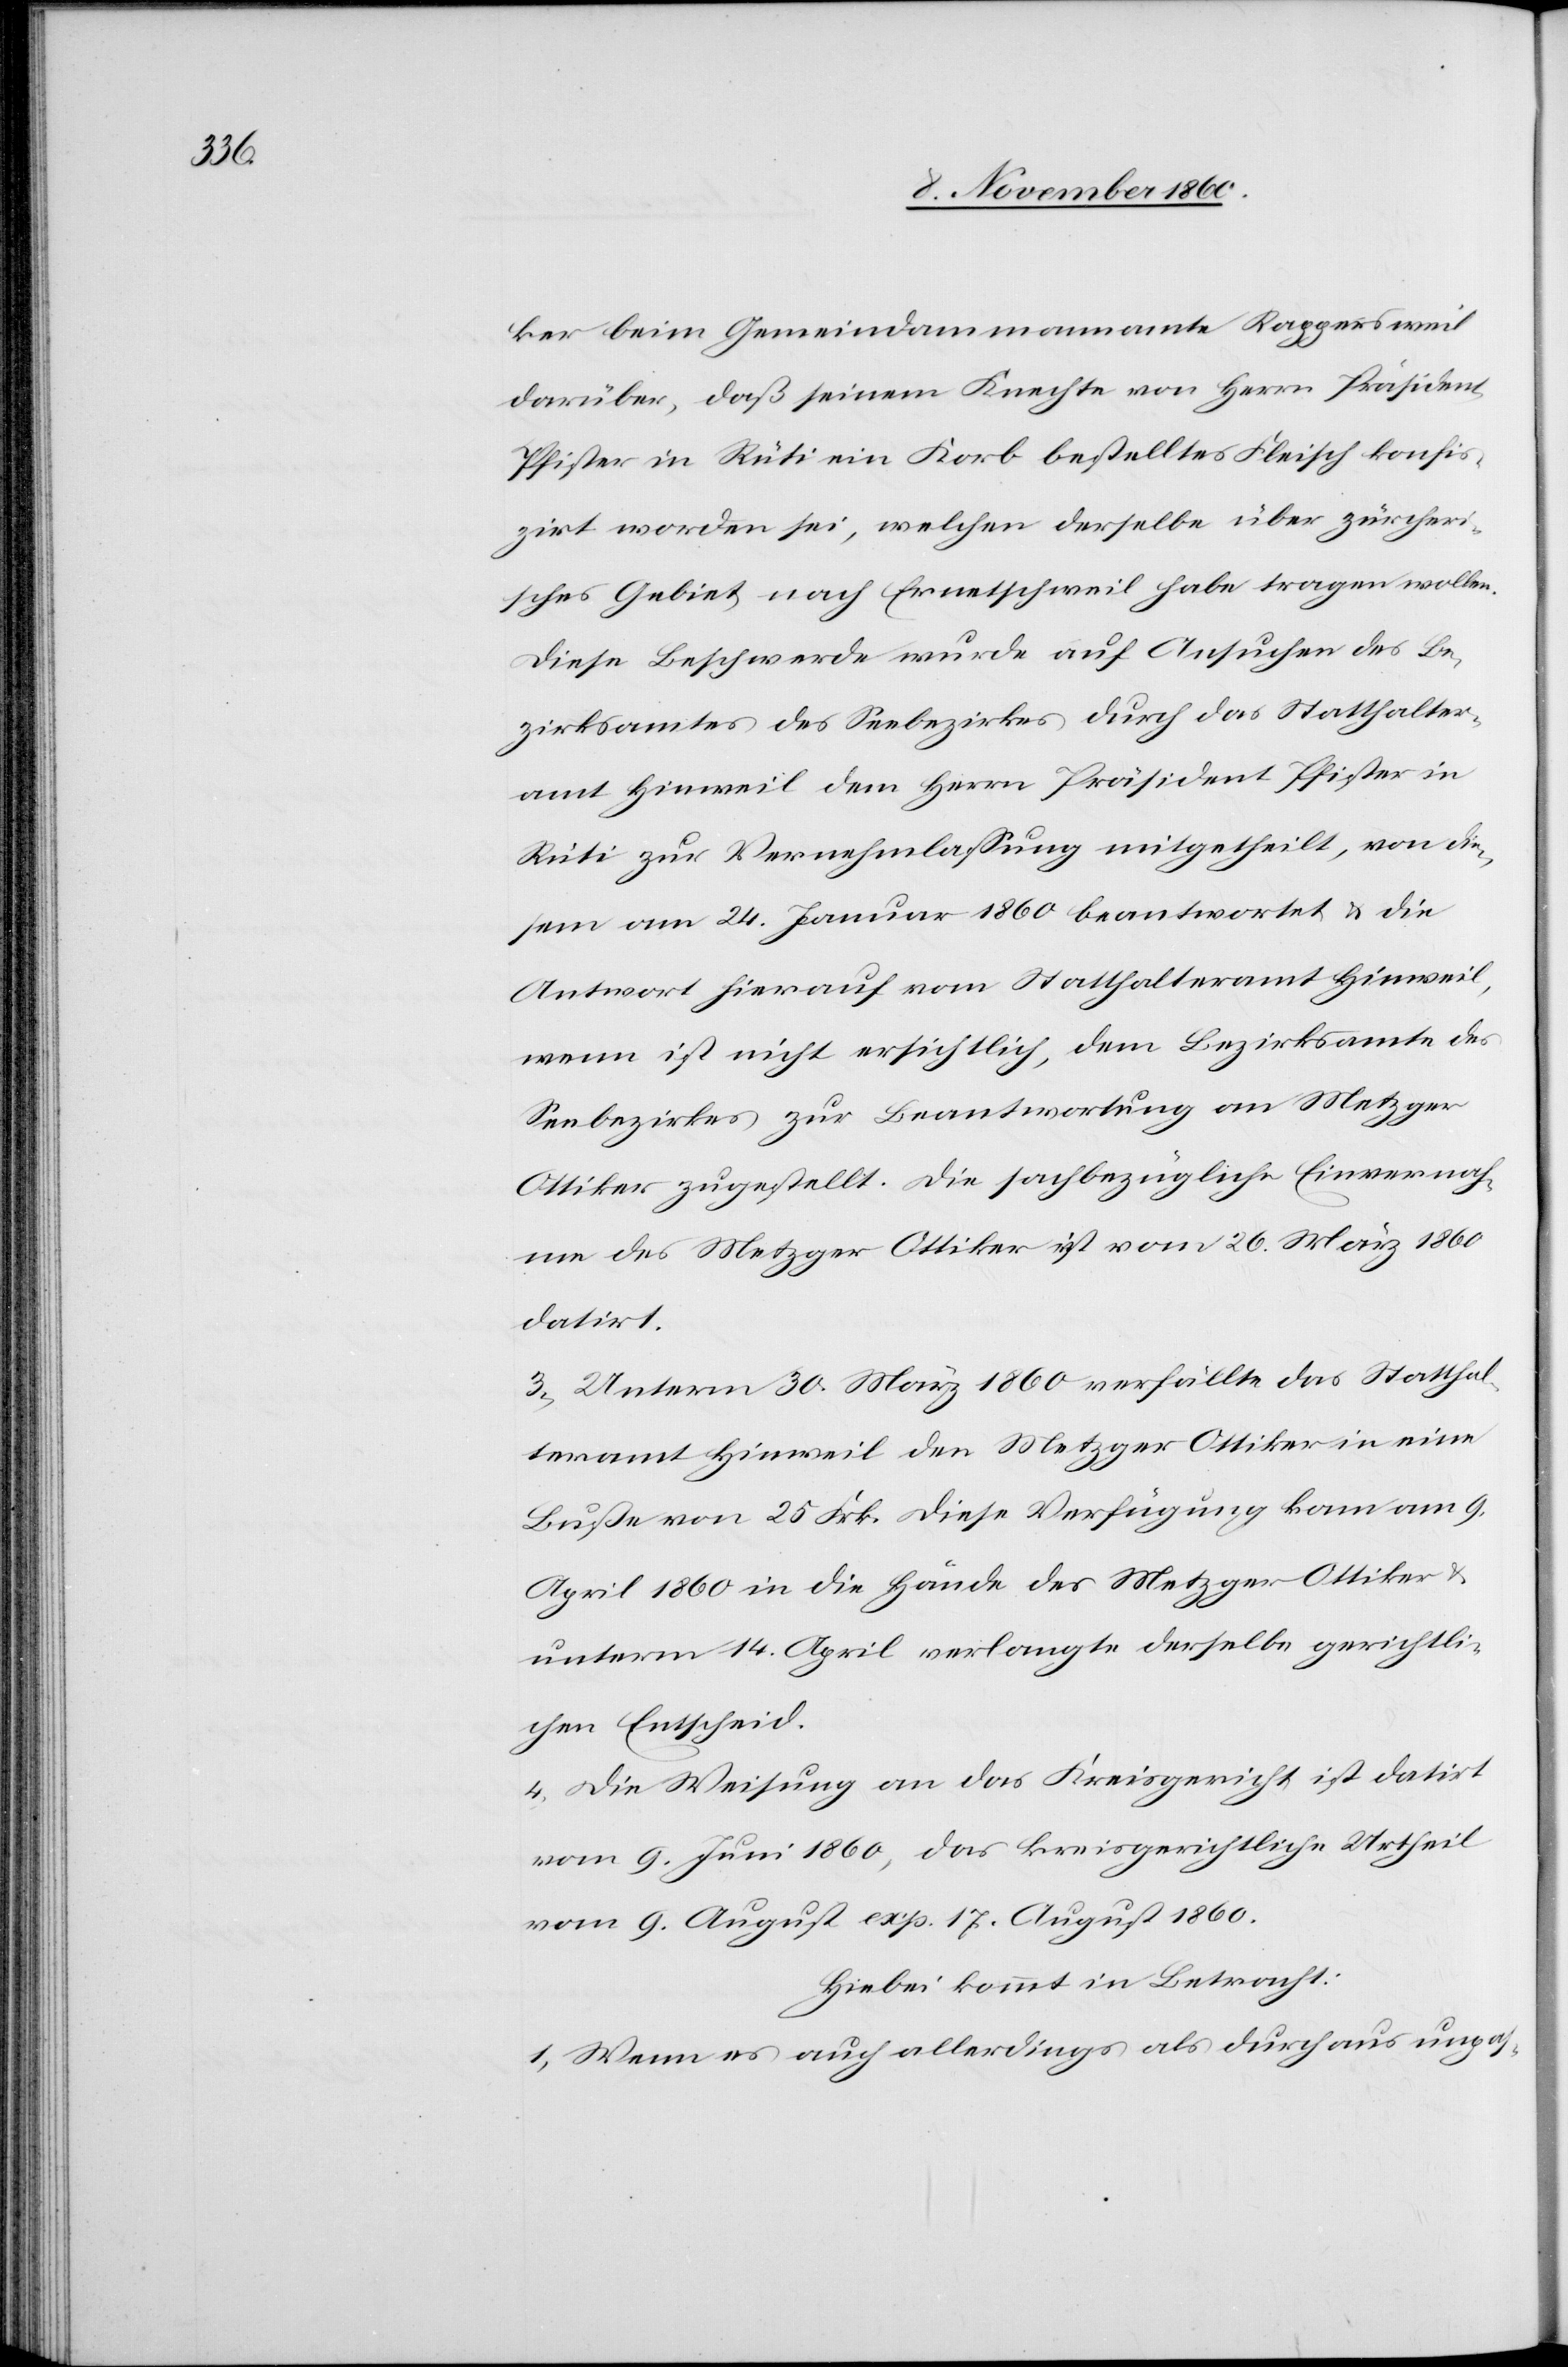
ker beim Gemeindammannamte Rappersweil
darüber, daß seinem Knechte von Herrn Präsident
Pfister in Rüti ein Korb bestelltes Fleisch konfis¬
zirt worden sei, welchen derselbe über zürcheri¬
sches Gebiet nach Ernetschweil habe tragen wollen.
Diese Beschwerde wurde auf Ansuchen des Be¬
zirksamtes des Seebezirkes durch das Statthalter¬
amt Hinweil dem Herrn Präsident Pfister in
Rüti zur Vernehmlassung mitgetheilt, von die¬
sem am 24. Januar 1860 beantwortet u. die
Antwort hierauf vom Statthalteramt Hinweil,
wenn [sic!] ist nicht ersichtlich, dem Bezirksamte des
Seebezirkes zur Beantwortung an Metzger
Ottiker zugestellt. Die sachbezügliche Einvernah¬
me des Metzger Ottiker ist vom 26. März 1860
datirt.
3. Unterm 30. März 1860 verfällte das Statthal¬
teramt Hinweil den Metzger Ottiker in eine
Buße von 25 Frk. Diese Verfügung kam am 9.
April 1860 in die Hände des Metzger Ottiker u.
unterm 14. April verlangte derselbe gerichtli¬
chen Entscheid.
4. Die Weisung an das Kreisgericht ist datirt
vom 9. Juni 1860, das kreisgerichtliche Urtheil
vom 9. August exp. 17. August 1860.
Hiebei kommt in Betracht:
1. Wenn es auch allerdings als durch aus unpas-